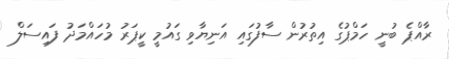
ރާއްޕެ ބުނީ ހަމްޕުގެ އިތުރުން ސާފުގައި އަނިޔާވި ގައުމީ ކީޕަރު މުހައްމަދު ފައިސަލް